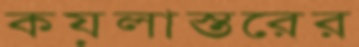
কয়লাস্তরের